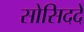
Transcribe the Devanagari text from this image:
सोसिददे